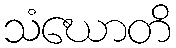
သံဃောတိ